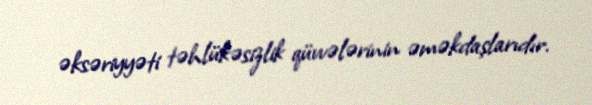
əksəriyyəti təhlükəsizlik qüvvələrinin əməkdaşlarıdır.